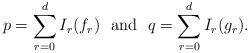
LaTeX: \begin{align*}p = \sum_{r=0}^{d} I_r(f_r) \ \textrm{ and } \ q = \sum_{r=0}^{d} I_r(g_r).\end{align*}